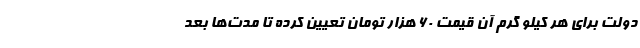
دولت برای هر کیلو گرم آن قیمت ۶۰ هزار تومان تعیین کرده تا مدت‌ها بعد